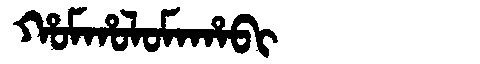
Manchu: ᡥᠣᠮᡥᠣᠯᠣᠮᠠᡥᠠᠪᡳ
Romanization: HOMHOLOMAHABI